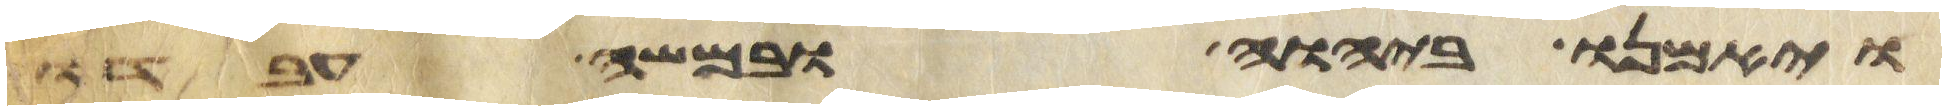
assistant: ויאמנו ביהוה ובמשה עבדו